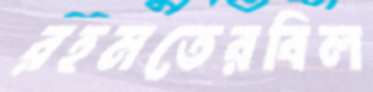
রহমতেরবিল